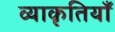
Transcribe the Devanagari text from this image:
व्याकृतियाँ